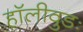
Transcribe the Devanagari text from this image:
हॉलीवुडः